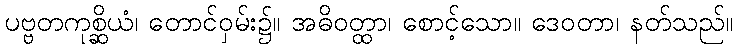
ပဗ္ဗတကုစ္ဆိယံ၊ တောင်ဝှမ်း၌။ အဓိဝတ္ထာ၊ စောင့်သော။ ဒေဝတာ၊ နတ်သည်။